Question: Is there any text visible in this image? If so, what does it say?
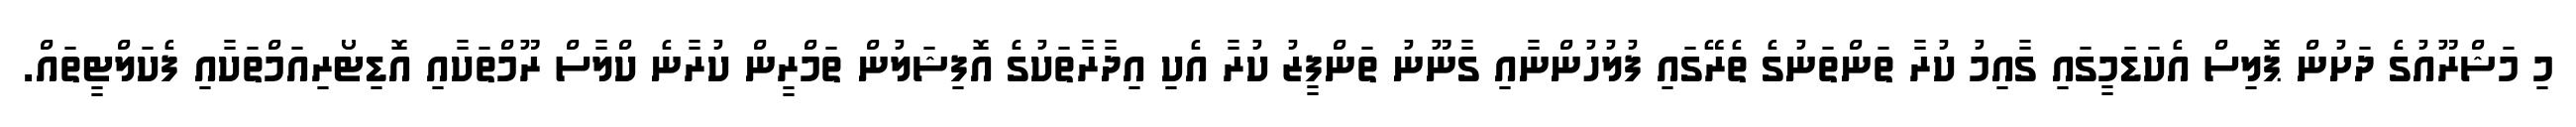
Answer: މި މަޝްރޫއުގެ ދަށުން ޕޮލިސް އެކަޑަމީގައި ގާއިމު ކުރާ ތަންތަނުގެ ތެރޭގައި ފުލުހުންނާއި ގާނޫނު ތަންފީޒު ކުރާ އެކި އިދާރާތަކުގެ އޮފިޝަލުން ތަމްރީން ކުރާނެ ކްލާސް ރޫމްތަކާއި އޮޑިޓޯރިއަމްތަކާއި ފެކަލްޓީތައް.